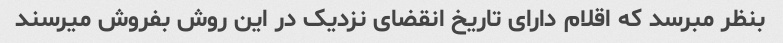
بنظر مبرسد که اقلام دارای تاریخ انقضای نزدیک در این روش بفروش میرسند